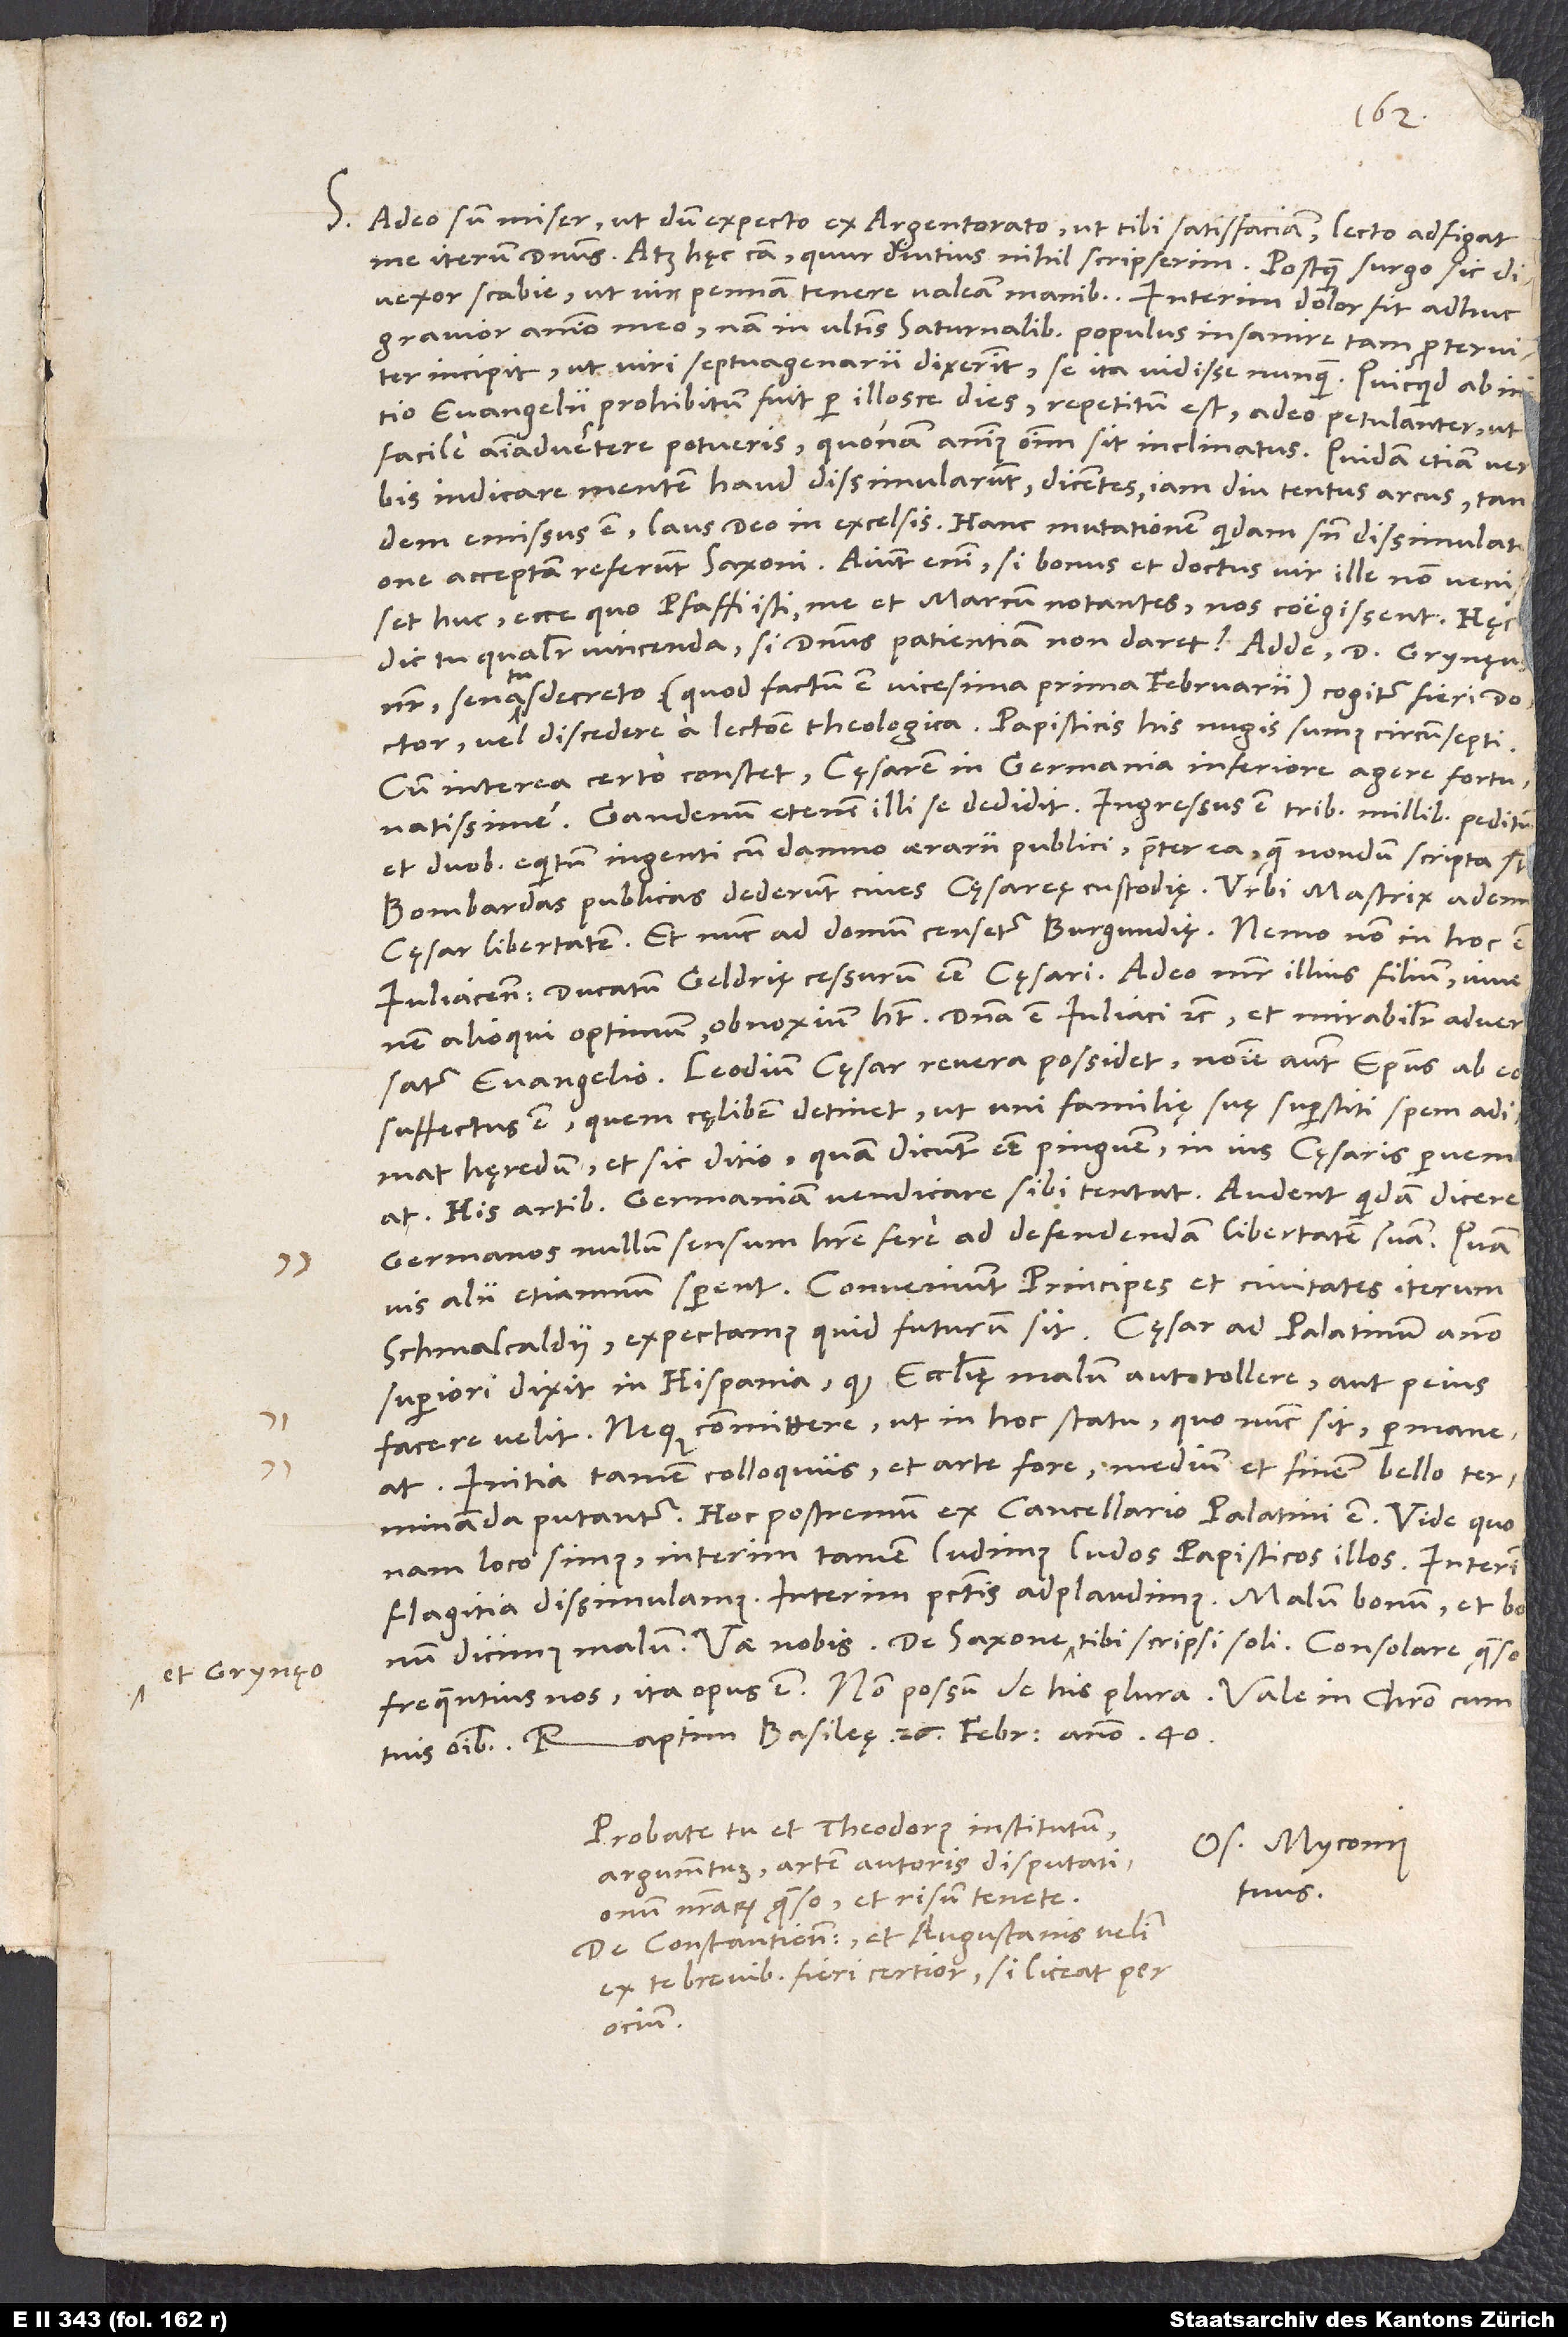
et Grynęo

S. Adeo sum miser, ut, dum expecto ex Argentorato, ut tibi satisfaciam, lecto adfigat
divexor scabie, ut vix pennam tenere valeam manibus. Interim dolor fit adhuc
gravior animo meo; nam in ultimis saturnalibus populus insanire tam proterviter
incipit, ut viri septuagenarii dixerint se ita vidisse nunquam. Quicquid ab initio
evangelii prohibitum fuit per illosce dies, repetitum est adeo petulanter, ut
facile animadvertere potueris, quonam animus omnium sit inclinatus. Quidam etiam verbis
indicare mentem haud dissimularunt dicentes: „Iam diu tentus arcus tandem
emissus est; laus deo in excelsis.“ Hanc mutationem quidam sine dissimulatione
acceptam referunt Saxoni; aiunt enim: „Si bonus et doctus vir ille non venisset
huc, ecce, quo pfaffi isti“, me et Marcum notantes, „nos coegissent.“ Hęc,
dic tu, qualiter vincenda, si dominus patientiam non daret?
noster senatusdecreto (quod factum est vicesima prima februarii) cogitur fieri doctor
cum interea certo constet cęsarem in Germania Inferiore agere
fortunatissime. Gandenum etenim illi se dedidit; ingressus est tribus millibus peditum
et duobus equitum ingenti cum damno aerarii publici praeter ea, quę nondum scripta sunt.
Bombardes publicas dederunt cives cęsareę custodię. Urbi Mastrix ademit
cęsar libertatem, et nunc ad domum censetur Burgundię. Nemo non in hoc est
Iuliacensem ducatum Geldrię cessurum esse cęsari; adeo mater illius filium, iuvenem
alioqui optimum, obnoxium habet. Domina est Iuliaci etc. et mirabiliter adversatur
evangelio. Leodium cęsar revera possidet; nomine autem episcopus ab eo
suffectus est, quem cęlibem detinet, ut uni familię suę superstiti spem adimat
hęredum et sic ditio, quam dicunt esse pinguem, in ius cęsaris perveniat.
His artibus Germaniam vendicare sibi tentat. Audent quidam dicere
Germanos nullum sensum habere fere ad defendendam libertatem suam, quamvis
alii etiamnum sperent. Conveniunt principes et civitates iterum
Schmalcaldii; expectamus, quid futurum sit. Cęsar ad Palatinum anno
superiori dixit in Hispania, quod ecclesię malum aut tollere aut peius
facere velit neque committere, ut in hoc statu, quo nunc sit, permaneat.
Initia tamen colloquiis et arte fore, medium et finem bello terminanda
Hoc postremum ex cancellario Palatini est. Vide, quo
nam loco simus; interim tamen ludimus ludos papisticos illos, interim
flagitia dissimulamus, interim peccatis adplaudimus, malum bonum et bonum
frequentius nos; ita opus est. Non possum de his plura.
Probate tu et Theodorus institutum,
Os. Myconius
argumentum, artem autoris disputationum
tuus.
nostrarum, quęso, et risum tenete.
De Constantiensibus et Augustanis velim
ex te brevibus fieri certior, si liceat per
ocium.